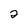
Character: 2